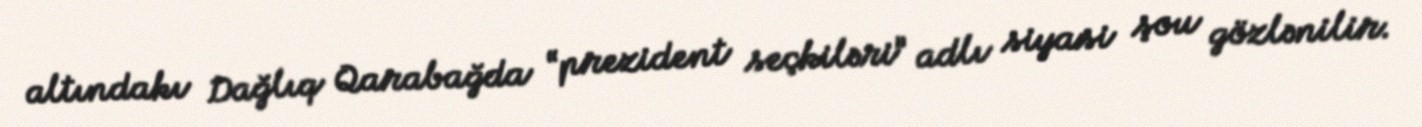
altındakı Dağlıq Qarabağda “prezident seçkiləri” adlı siyasi şou gözlənilir.